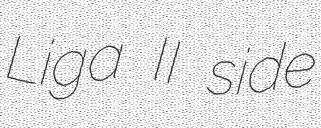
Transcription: Liga II side